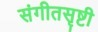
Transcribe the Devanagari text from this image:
संगीतसृष्टी